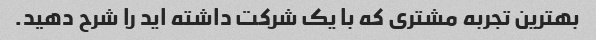
بهترین تجربه مشتری که با یک شرکت داشته اید را شرح دهید.